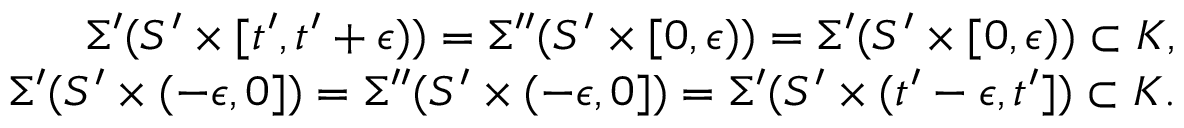
\begin{array} { r } { \Sigma ^ { \prime } ( S ^ { \prime } \times [ t ^ { \prime } , t ^ { \prime } + \epsilon ) ) = \Sigma ^ { \prime \prime } ( S ^ { \prime } \times [ 0 , \epsilon ) ) = \Sigma ^ { \prime } ( S ^ { \prime } \times [ 0 , \epsilon ) ) \subset K , } \\ { \Sigma ^ { \prime } ( S ^ { \prime } \times ( - \epsilon , 0 ] ) = \Sigma ^ { \prime \prime } ( S ^ { \prime } \times ( - \epsilon , 0 ] ) = \Sigma ^ { \prime } ( S ^ { \prime } \times ( t ^ { \prime } - \epsilon , t ^ { \prime } ] ) \subset K . } \end{array}